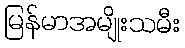
မြန်မာအမျိုးသမီး